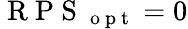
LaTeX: \mathrm{~R~P~S~}_{\mathrm{~o~p~t~}}=0